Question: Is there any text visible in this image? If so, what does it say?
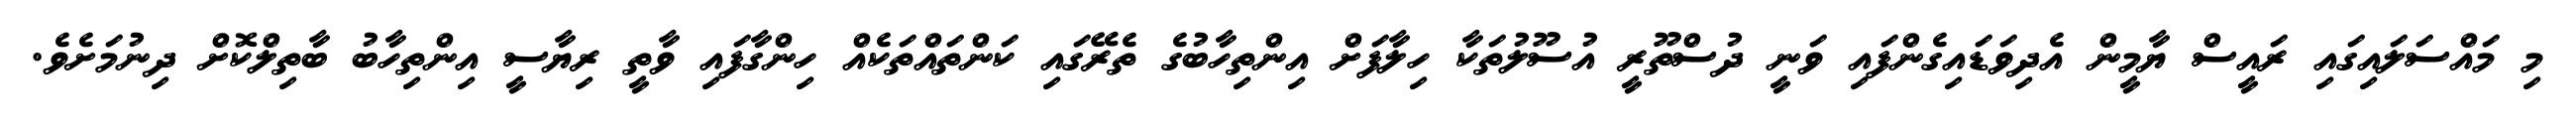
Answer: މި މައްސަލައިގައި ރައީސް ޔާމީން އެދިވަޑައިގެންފައި ވަނީ ދުސްތޫރީ އުސޫލުތަކާ ހިލާފަށް އިންތިހާބުގެ ތެރޭގައި ކަންތައްތަކެއް ހިންގާފައި ވާތީ ރިޔާސީ އިންތިހާބު ބާތިލްކޮށް ދިނުމަށެވެ.